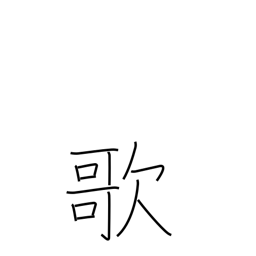
Meaning: sing